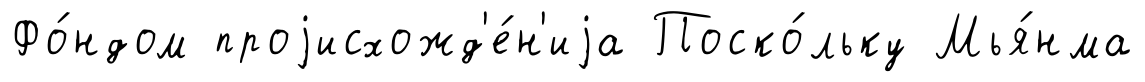
Фо́ндом проjисхожд'е́н'иjа Поско́льку Мья́нма